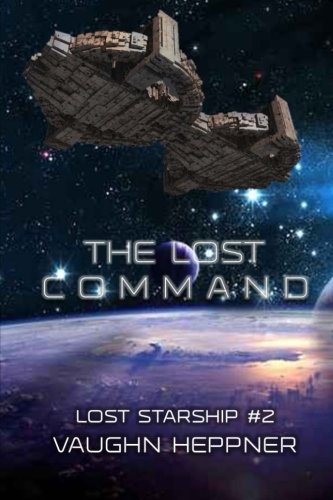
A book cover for The Lost Command (Lost Starship Series) (Volume 2); Vaughn Heppner; Science Fiction & Fantasy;